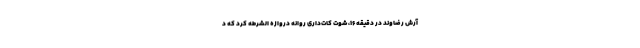
آرش رضاوند در دقیقه ۱۶، شوت کات‌داری روانه دروازه الشرطه کرد که د